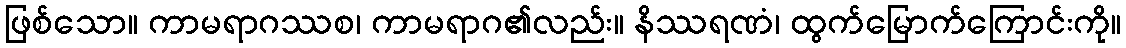
ဖြစ်သော။ ကာမရာဂဿစ၊ ကာမရာဂ၏လည်း။ နိဿရဏံ၊ ထွက်မြောက်ကြောင်းကို။